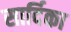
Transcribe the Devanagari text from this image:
सार्दिका